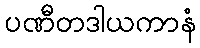
ပဏီတဒါယကာနံ